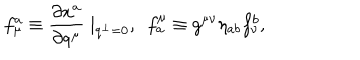
LaTeX: f _ { \mu } ^ { a } \equiv \frac { \partial x ^ { a } } { \partial q ^ { \mu } } \mid _ { q ^ { \perp } = 0 } , ~ ~ f _ { a } ^ { \mu } \equiv g ^ { \mu \nu } \eta _ { a b } f _ { \nu } ^ { b } ,